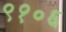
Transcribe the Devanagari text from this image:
९१०६